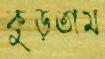
কুড়তাম